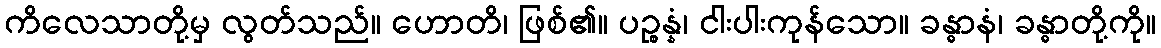
ကိလေသာတို့မှ လွတ်သည်။ ဟောတိ၊ ဖြစ်၏။ ပဉ္စန္နံ၊ ငါးပါးကုန်သော။ ခန္ဓာနံ၊ ခန္ဓာတို့ကို။